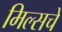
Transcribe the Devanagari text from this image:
मिल्सचे